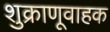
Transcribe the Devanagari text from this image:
शुक्राणूवाहक